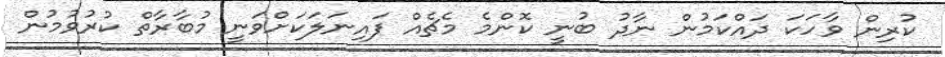
ކުރިން ވާހަކަ ދައްކަމުން ނާދު ބުނީ ކޮންމެ މެޗެއް ފައިނަލަކަށްވަނީ މުބާރާތް ކުރުވުމުން